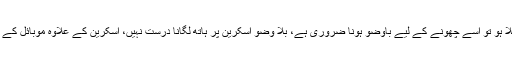
نیز جب موبائل اسکرین پر قرآنِ مجید کھلا ہو تو اسے چھونے کے لیے باوضو ہونا ضروری ہے، بلا وضو اسکرین پر ہاتھ لگانا درست نہیں، اسکرین کے علاوہ موبائل کے دیگر حصوں کو بلاوضو چھوسکتے ہیں۔